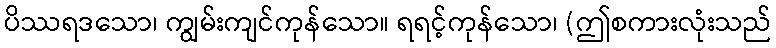
ပိဿရဒသော၊ ကျွမ်းကျင်ကုန်သော။ ရရင့်ကုန်သော၊ (ဤစကားလုံးသည်